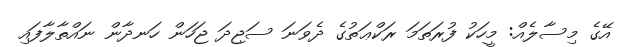
އޭގެ މިސާލެއް: މީހަކު ފުރަތަމަ ރަކްޢަތުގެ ދެވަނަ ސަޖިދަ ޖަހަން ހަނދާން ނައްތާލާފައި